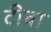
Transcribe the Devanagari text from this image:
टीबा